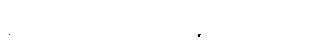
နည်းပညာအပေါ်ပဲ မှီခိုနေကြရပါတယ်။